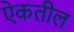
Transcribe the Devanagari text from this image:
ऐकतील